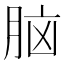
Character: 脑